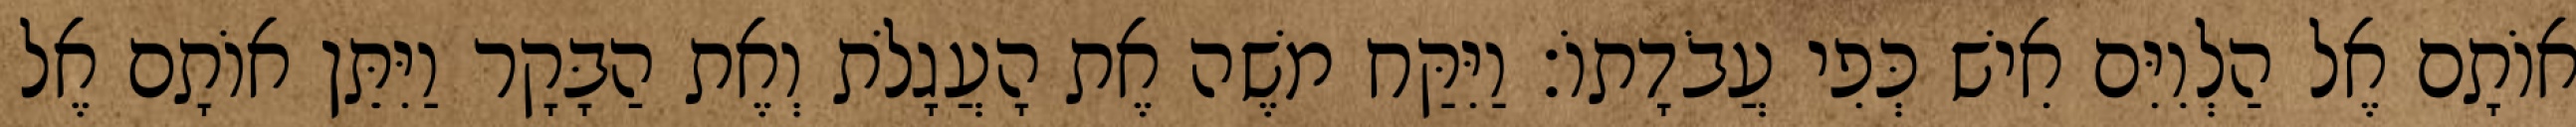
אוֹתָם אֶל הַלְוִיִּם אִישׁ כְּפִי עֲבֹדָתוֹ׃ וַיִּקַּח משֶׁה אֶת הָעֲגָלֹת וְאֶת הַבָּקָר וַיִּתֵּן אוֹתָם אֶל